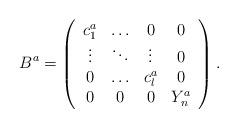
LaTeX: \begin{align*}B^a = \left(\begin{array}{cccc}c_1^a & \ldots & 0 & 0\\\vdots & \ddots & \vdots & 0 \\0 & \ldots & c_l^a & 0 \\0 & 0 & 0 & Y_n^a \end{array} \right).\end{align*}